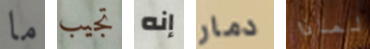
ما تجيب إنه دمار لماذا